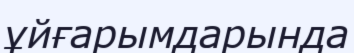
ұйғарымдарында